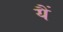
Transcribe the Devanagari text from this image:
यैं